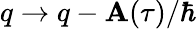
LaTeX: q\rightarrow q-\textbf{A}(\tau)/\hbar